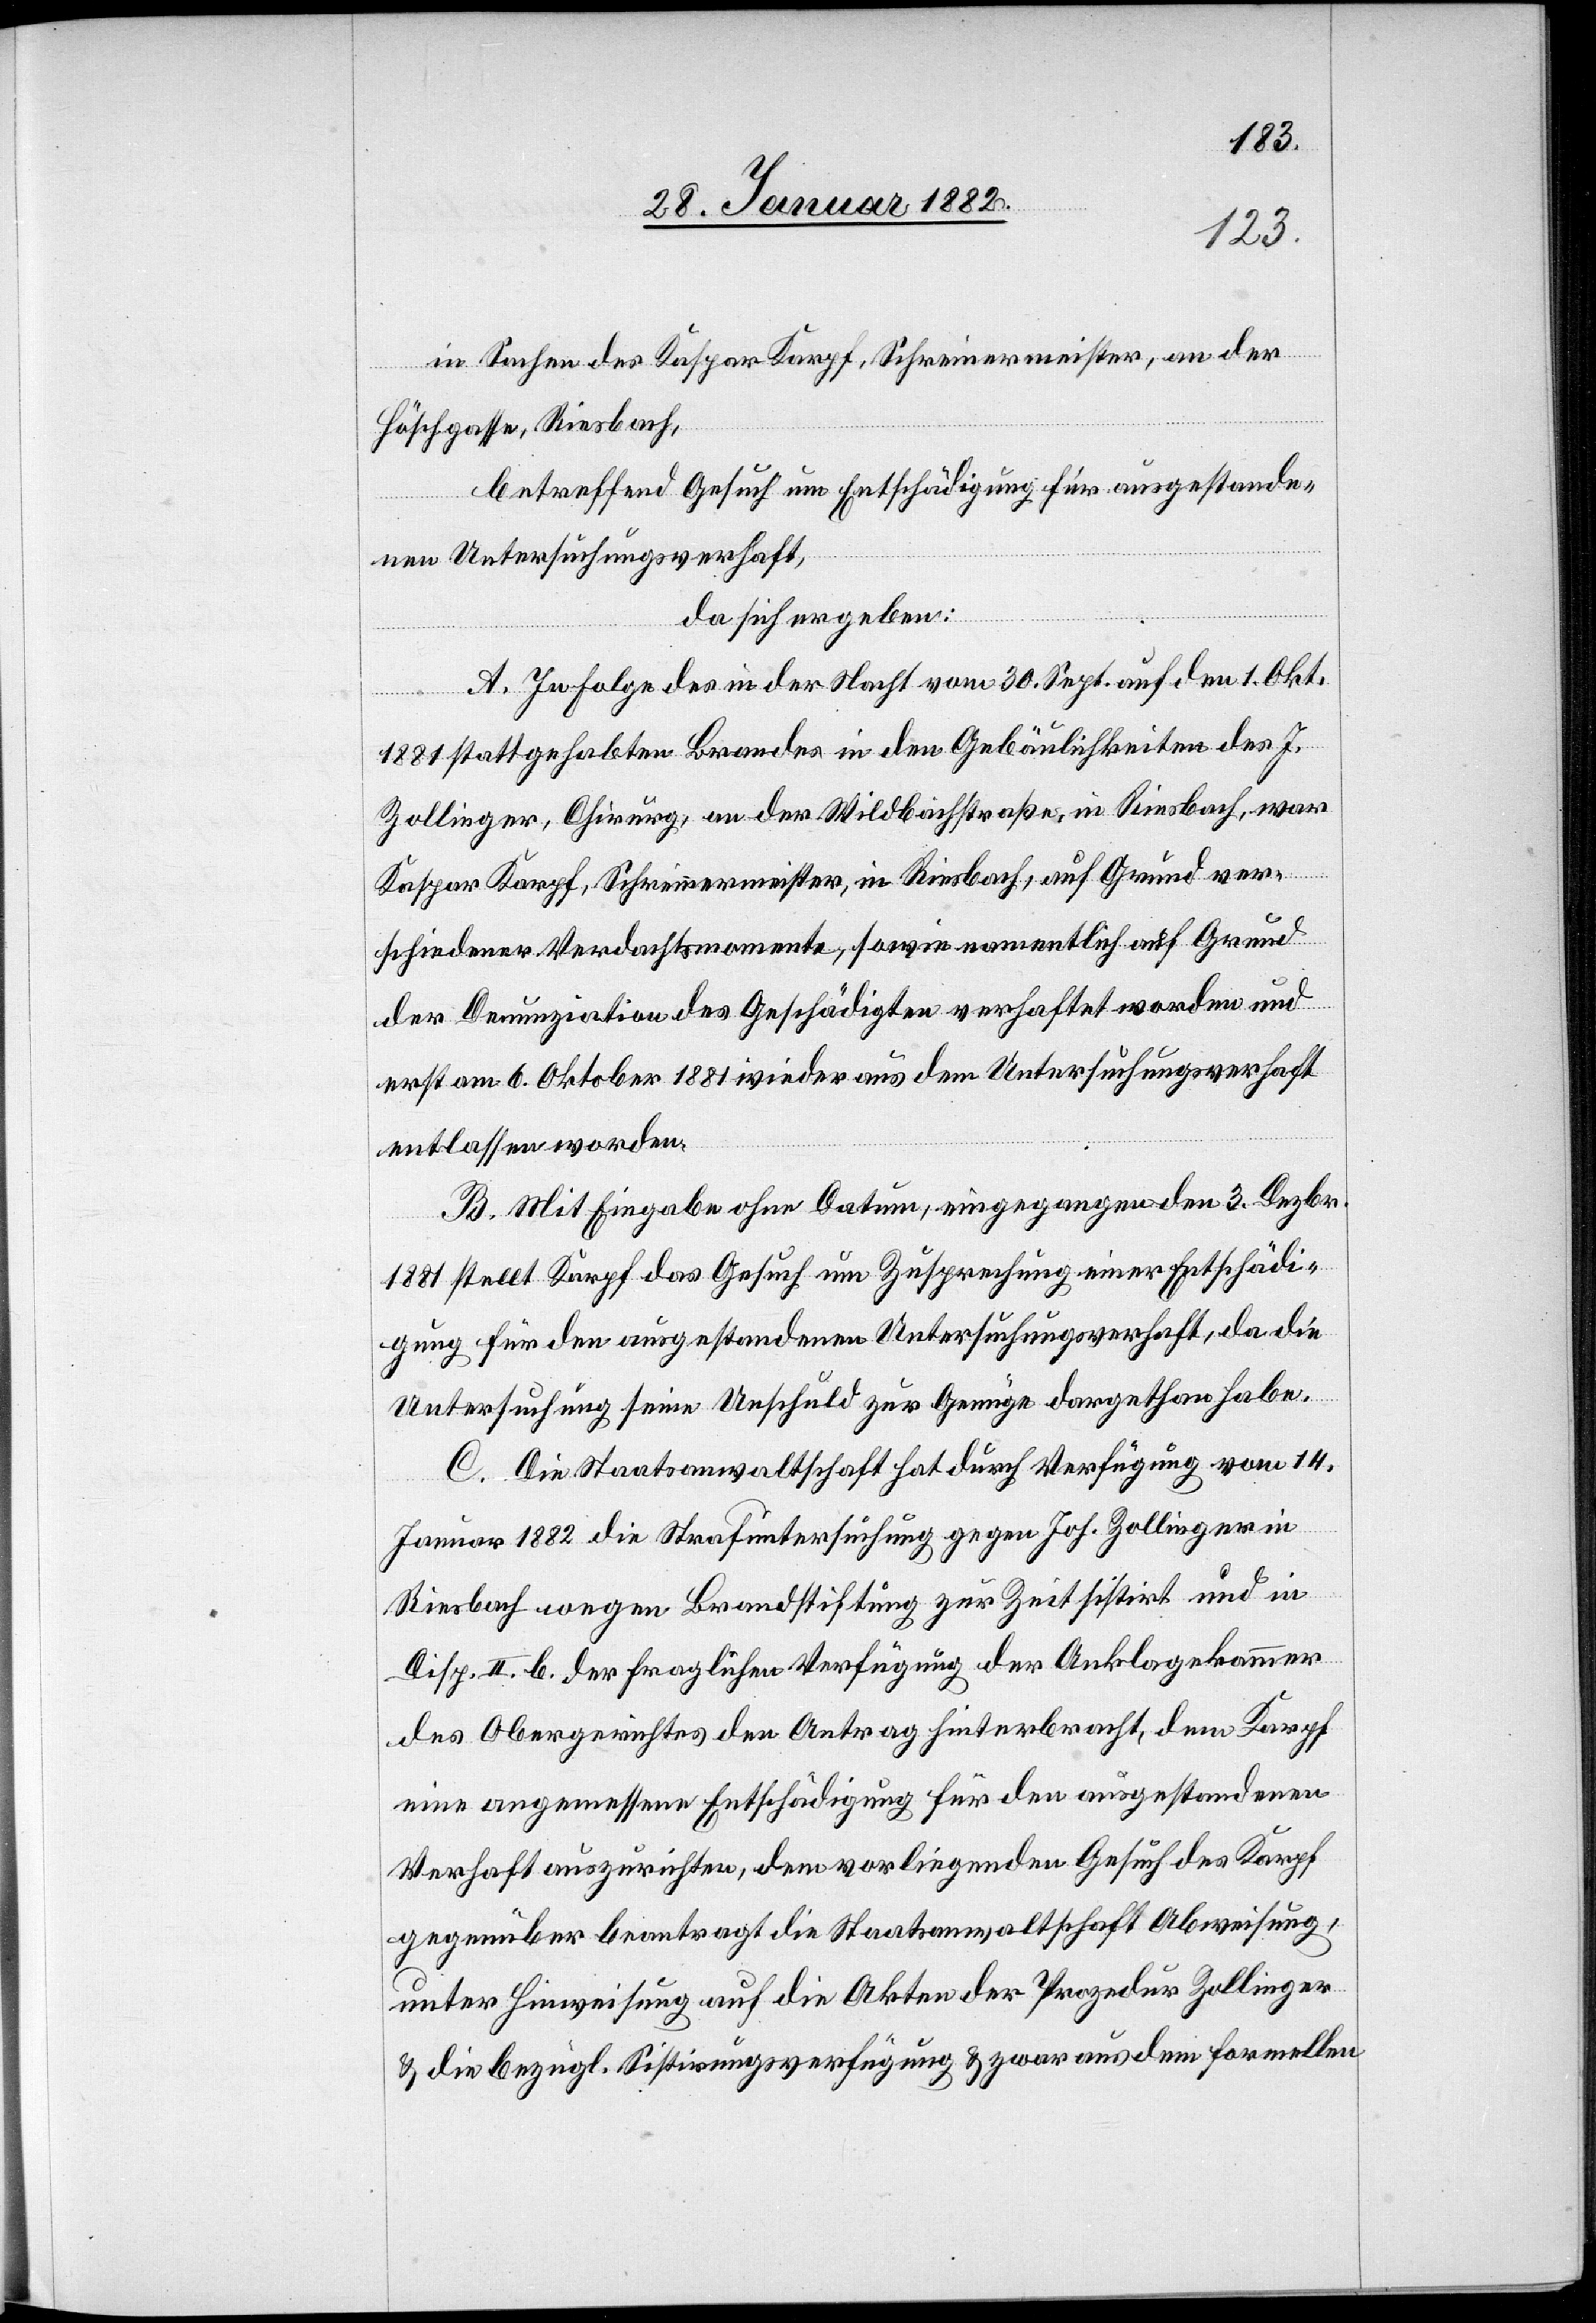
in Sachen des Kaspar Karpf, Schreinermeister, an der
Höschgasse, Riesbach,
betreffend Gesuch um Entschädigung für ausgestande¬
nen Untersuchungsverhaft,
da sich ergeben:
A. In Folge des in der Nacht vom 30. Sept. auf den 1. Okt.
1881 stattgehabten Brandes in den Gebäulichkeiten des J.
Zollinger, Chirurg, an der Wildbachstraße, in Riesbach, war
Kaspar Karpf, Schreinermeister, in Riesbach, auf Grund ver¬
schiedener Verdachtsmomente, sowie namentlich auf Grund
der Denunziation des Geschädigten verhaftet worden und
erst am 6. Oktober 1881 wieder aus dem Untersuchungsverhaft
entlassen worden.
B. Mit Eingabe ohne Datum eingegangen den 3. Dezbr.
1881 stellt Karpf das Gesuch um Zusprechung einer Entschädi¬
gung für den ausgestandenen Untersuchungsverhaft, da die
Untersuchung seiner Unschuld zur Genüge dargethan habe.
C. Die Staatsanwaltschaft hat durch Verfügung vom 14.
Januar 1882 die Strafuntersuchung gegen Joh. Zollinger in
Riesbach wegen Brandstiftung zur Zeit sistiert und in
Disp. II. b. der fraglichen Verfügung der Anklagekammer
des Obergerichtes den Antrag hinterbracht, dem Karpf
eine angemessene Entschädigung für den ausgestandenen
Verhaft auszurichten, dem vorliegenden Gesuch des Karpf
gegenüber beantragt die Staatsanwaltschaft Abweisung,
unter Hinweisung auf die Akten der Prozedur Zollinger
& die bezügl. Sistierungsverfügung & zwar aus dem formellen